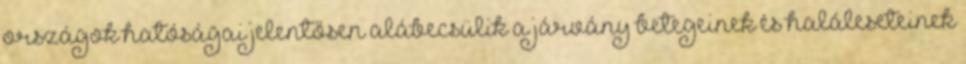
országok hatóságai jelentősen alábecsülik a járvány betegeinek és haláleseteinek